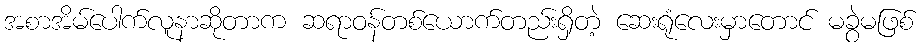
အစာအိမ်ပေါက်လူနာဆိုတာက ဆရာဝန်တစ်ယောက်တည်းရှိတဲ့ ဆေးရုံလေးမှာတောင် မခွဲမဖြစ်